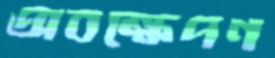
অবক্ষেপণ